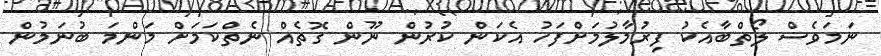
ނަމަވެެސް ލޯތްބާއެކު ފިރުމާލުމަށްފަހު އެކަންް ކުރުން ނޫން ގޮތެއް ނެތްްކަމަށް މަންްމަަ ބުނަމުންް